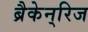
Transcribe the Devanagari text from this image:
ब्रैकेन्‌रिज